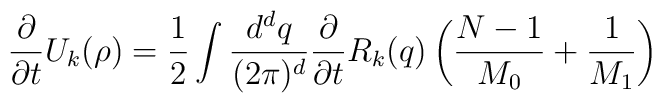
\frac{\partial}{\partial{t}}{U}_{k}(\rho)=\frac{1}{2}\int\frac{{d}^{d}{q}}{(2\pi)^{d}}\frac{\partial}{\partial{t}}{R}_{k}({q})\left(\frac{{N}-1}{{M}_0}+\frac{1}{{M}_1}\right)